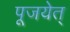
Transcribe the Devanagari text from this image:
पूजयेत्